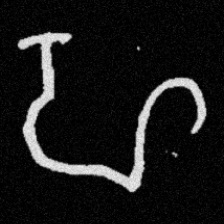
Pyu character \u2014 Myanmar letter: ဟ (romanized: ha)